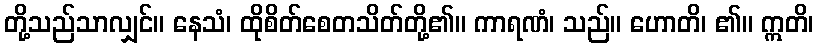
တို့သည်သာလျှင်။ နေသံ၊ ထိုစိတ်စေတသိတ်တို့၏။ ကာရဏံ၊ သည်။ ဟောတိ၊ ၏။ ဣတိ၊